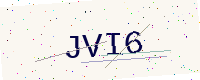
Text: JVI6